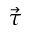
\vec { \tau }